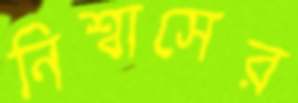
নিশ্বাসের